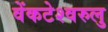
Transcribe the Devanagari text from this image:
वेंकटेश्वरुलु